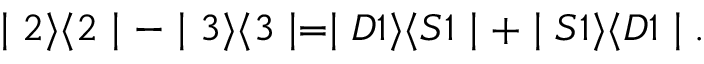
\mid 2 \rangle \langle 2 \mid - \mid 3 \rangle \langle 3 \mid = \mid D 1 \rangle \langle S 1 \mid + \mid S 1 \rangle \langle D 1 \mid .